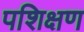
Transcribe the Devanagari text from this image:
पशिक्षण